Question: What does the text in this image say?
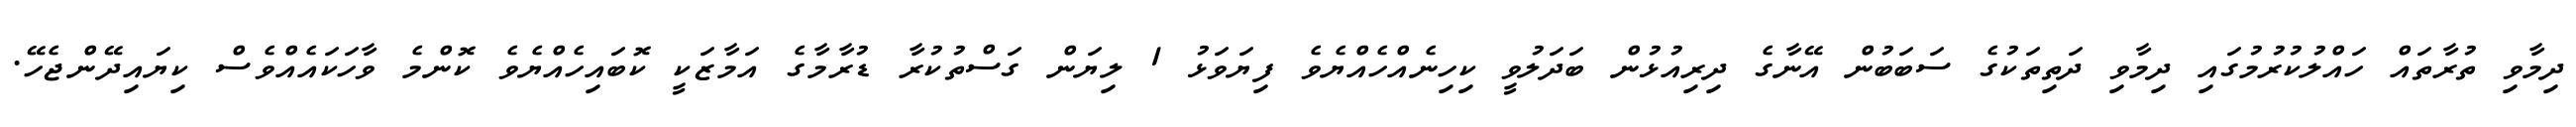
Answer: ދިމާވި ތުރާތައް ހައްލުކުރުމުގައި ދިމާވި ދަތިތަކުގެ ސަބަބުން އޭނާގެ ދިރިއުޅުން ބަދަލުވީ ކިހިނެއްހެއްޔެވެ ފިޔަވަޅު 1 ލިޔަން ގަސްތުކުރާ ޑުރާމާގެ އަމާޒަކީ ކޮބައިހެއްޔެވެ ކޮންމެ ވާހަކައެއްވެސް ކިޔައިދޭންޖެހޭ.